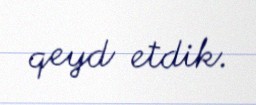
qeyd etdik.